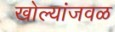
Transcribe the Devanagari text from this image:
खोल्यांजवळ